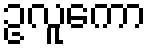
ဥလူကော